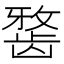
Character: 𪚐